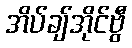
အိပ်ချ်အိုင်ဗွီ